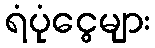
ရံပုံငွေများ